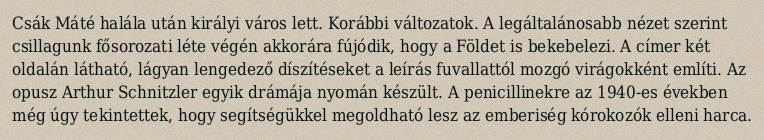
Csák Máté halála után királyi város lett. Korábbi változatok. A legáltalánosabb nézet szerint csillagunk fősorozati léte végén akkorára fújódik, hogy a Földet is bekebelezi. A címer két oldalán látható, lágyan lengedező díszítéseket a leírás fuvallattól mozgó virágokként említi. Az opusz Arthur Schnitzler egyik drámája nyomán készült. A penicillinekre az 1940-es években még úgy tekintettek, hogy segítségükkel megoldható lesz az emberiség kórokozók elleni harca.